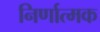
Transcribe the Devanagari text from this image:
निर्णात्मक